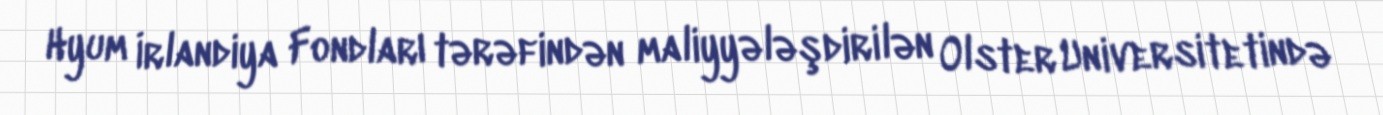
Hyum İrlandiya Fondları tərəfindən maliyyələşdirilən Olster Universitetində